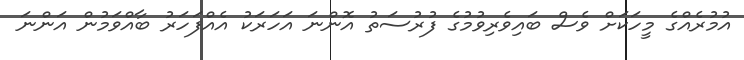
އުމުރެއްގެ މީހަކަށް ވެސް ބައިވެރިވުމުގެ ފުރުސަތު އޮންނަ އަހަރަކު އެއްފަހަރު ބާއްވަމުން އަންނަ